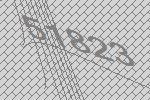
51823